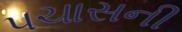
પચાસની